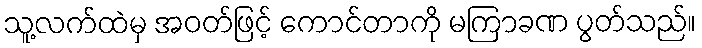
သူ့လက်ထဲမှ အဝတ်ဖြင့် ကောင်တာကို မကြာခဏ ပွတ်သည်။